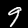
Label: 9